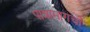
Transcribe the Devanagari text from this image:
पात्रामागची